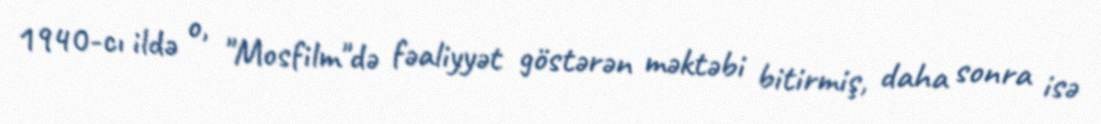
1940-cı ildə o, "Mosfilm"də fəaliyyət göstərən məktəbi bitirmiş, daha sonra isə